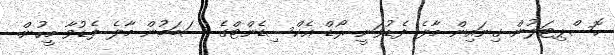
ހޮސްޕިޓަލުން ގިނައިން މާލެ ފެޑުވަނީ ރޯޑް އެކްސިޑެންޓްގެ ސަބަބުން މާލެ ފެޑުވާ މީހުން.